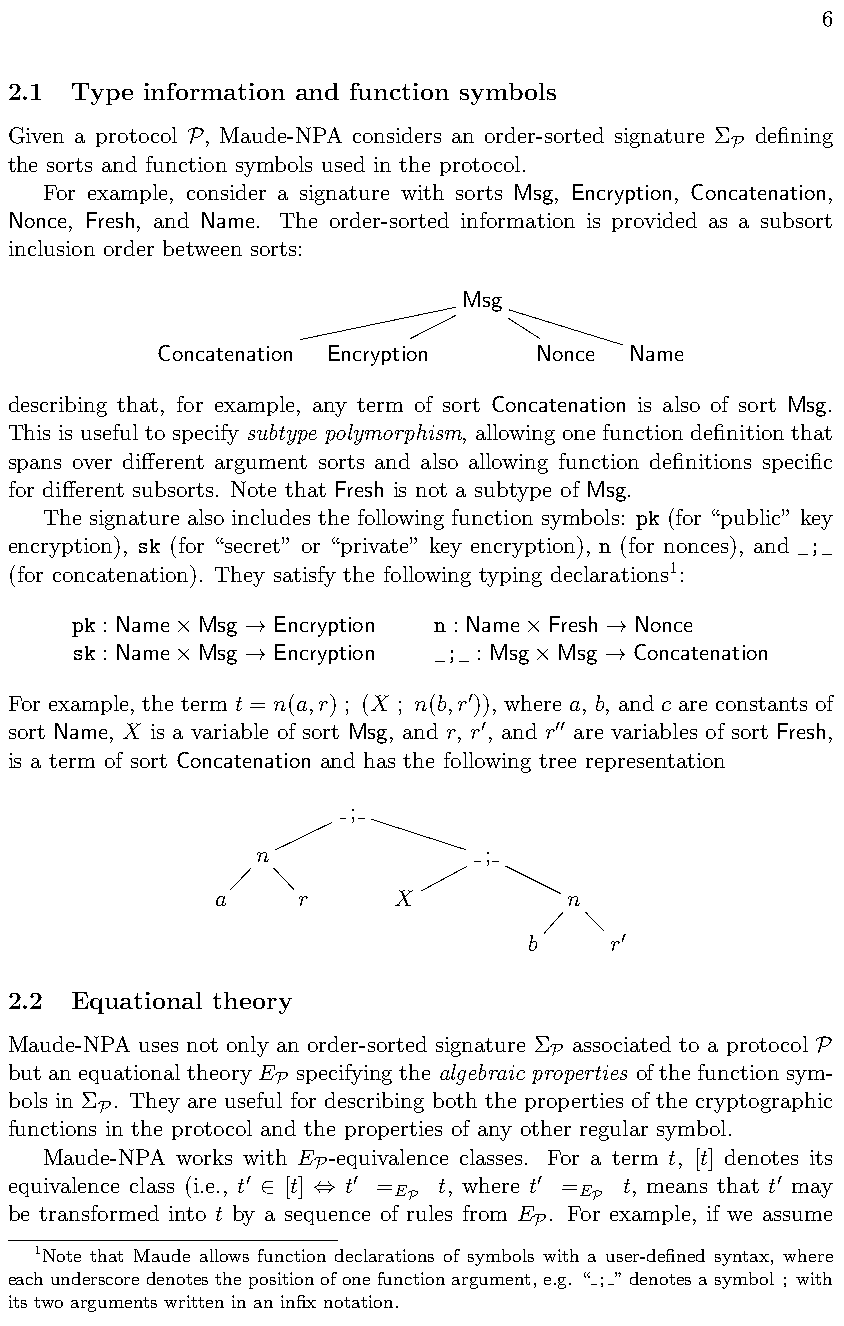
6
 2.1  Type information and function symbols
 Given a protocol , Maude-NPA considers an order-sorted signature ⌃ defining
 P                                   P
 the sorts and function symbols used in the protocol.
 For example, consider a signature with sorts Msg, Encryption, Concatenation,
 Nonce, Fresh, and Name. The order-sorted information is provided as a subsort
 inclusion order between sorts:
 Msg
 Concatenation Encryption Nonce Name
 describing that, for example, any term of sort Concatenation is also of sort Msg.
 This is useful to specify subtype polymorphism, allowing one function definition that
 spans over di↵erent argument sorts and also allowing function definitions specific
 for di↵erent subsorts. Note that Fresh is not a subtype of Msg.
 The signature also includes the following function symbols: pk (for “public” key
 encryption), sk (for “secret” or “private” key encryption), n (for nonces), and _;_
 (for concatenation). They satisfy the following typing declarations1:
 pk : Name Msg Encryption n : Name Fresh Nonce
 ⇥    !                  ⇥    !
 sk : Name Msg Encryption _;_ : Msg Msg Concatenation
 ⇥    !                  ⇥    !
 For example, the term t = n(a,r) ; (X ; n(b,r )), where a, b, and c are constants of
 0
 sort Name, X is a variable of sort Msg, and r, r , and r are variables of sort Fresh,
 0    00
 is a term of sort Concatenation and has the following tree representation
 ;
 n              ;
 a     r     X          n
 b    r
 0
 2.2  Equational theory
 Maude-NPA uses not only an order-sorted signature ⌃ associated to a protocol
 P                 P
 but an equational theory E specifying the algebraic properties of the function sym-
 P
 bols in ⌃ . They are useful for describing both the properties of the cryptographic
 P
 functions in the protocol and the properties of any other regular symbol.
 Maude-NPA works with E -equivalence classes. For a term t, [t] denotes its
 P
 equivalence class (i.e., t [t] t = t, where t = t, means that t may
 0      0  E        0  E            0
 2   ,
 be transformed into t by a sequence of rPules from E . FoPr example, if we assume
 P
 1Note that Maude allows function declarations of symbols with a user-defined syntax, where
 eachunderscoredenotesthepositionofonefunctionargument,e.g. “ ; ”denotesasymbol;with
 its two arguments written in an infix notation.